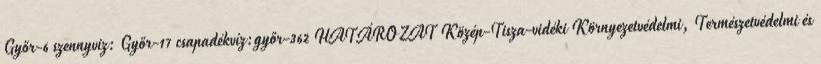
Győr-6 szennyvíz: Győr-17 csapadékvíz:győr-362 HATÁROZAT Közép-Tisza-vidéki Környezetvédelmi, Természetvédelmi és